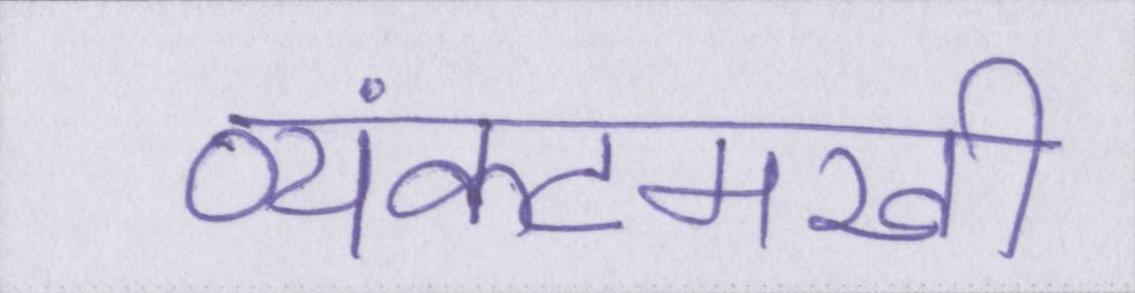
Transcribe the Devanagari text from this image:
व्यंकटमखी